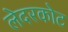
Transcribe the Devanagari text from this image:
लेदरकोट